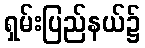
ရှမ်းပြည်နယ်၌